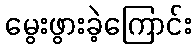
မွေးဖွားခဲ့ကြောင်း